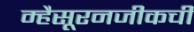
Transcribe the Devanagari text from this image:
म्हैसूरनजीकची